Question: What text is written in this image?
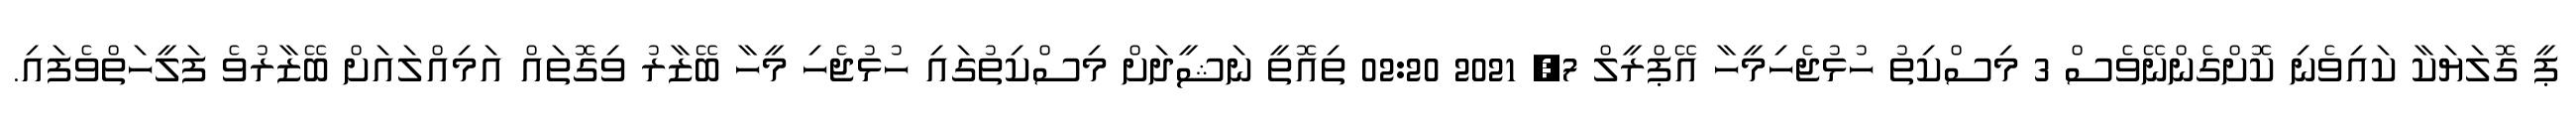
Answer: ޕީ ގޮލަޔަކާ ކައިވެނި ކޮށްގެންނޭވެސް 3 މިސްކިތު ހުޅުޖެހިމީހާ އޭޕްރީލް 7, 2021 02:20 ތިއޮތީ ނަޝީދަށް މިސްކިތުގައި ހުޅުޖެހި މީހާ ބޭޒާރު ވިގޮތައް އަމިއްލައަށް ބޭޒާރުވެ ފަލީހަތްވެފައި.